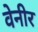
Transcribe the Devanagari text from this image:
वेनीर